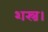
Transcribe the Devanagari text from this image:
शस्त्र।